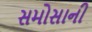
સમોસાની